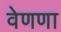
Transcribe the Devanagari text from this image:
वेणणा